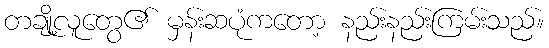
တချို့လူတွေ၏ မှန်းဆပုံကတော့ နည်းနည်းကြမ်းသည်။